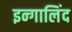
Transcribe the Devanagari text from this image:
इन्गालिंद